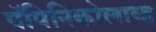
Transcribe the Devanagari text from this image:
पॅपिनिकोलाव्ह